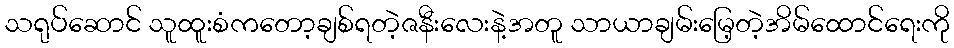
သရုပ်ဆောင် သူထူးစံကတော့ချစ်ရတဲ့ဇနီးလေးနဲ့အတူ သာယာချမ်းမြေ့တဲ့အိမ်ထောင်ရေးကို